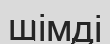
шімді